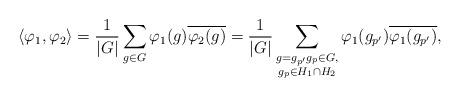
LaTeX: \begin{align*} \langle \varphi_1, \varphi_2 \rangle=\frac{1}{|G|} \sum_{g \in G} \varphi_1(g)\overline{\varphi_2(g)}=\frac{1}{|G|} \sum_{\substack{g=g_{p'}g_p \in G,\\ g_{p} \in {H_1 \cap H_2}}} \varphi_1(g_{p'}) \overline{\varphi_1(g_{p'})}, \end{align*}